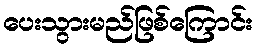
ပေးသွားမည်ဖြစ်ကြောင်း